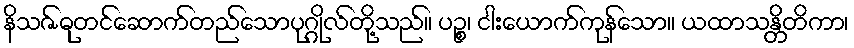
နိသဇ်ဓုတင်ဆောက်တည်သောပုဂ္ဂိုလ်တို့သည်။ ပဉ္စ၊ ငါးယောက်ကုန်သော။ ယထာသန္တိတိကာ၊